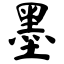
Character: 墨